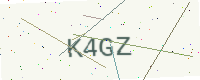
Text: K4GZ